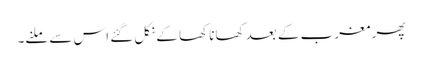
پھر مغرب کے بعد کھانا کھا کے نکل گئے اس سے ملنے۔